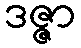
ဒဇ္ဇာ